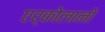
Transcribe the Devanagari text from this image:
एर्कोलानो